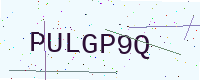
Text: PULGP9Q